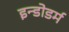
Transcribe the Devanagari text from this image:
इन्डोडर्म